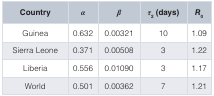
<table><thead><tr><td><b>Country</b></td><td><b><i>α</i></b></td><td><b><i>β</i></b></td><td><b><i>τ</i><sub>2</sub> (days)</b></td><td><b><i>R</i><sub>0</sub></b></td></tr></thead><tbody><tr><td>Guinea</td><td>0.632</td><td>0.00321</td><td>10</td><td>1.09</td></tr><tr><td>Sierra Leone</td><td>0.371</td><td>0.00508</td><td>3</td><td>1.22</td></tr><tr><td>Liberia</td><td>0.556</td><td>0.01090</td><td>3</td><td>1.17</td></tr><tr><td>World</td><td>0.501</td><td>0.00362</td><td>7</td><td>1.21</td></tr></tbody></table>